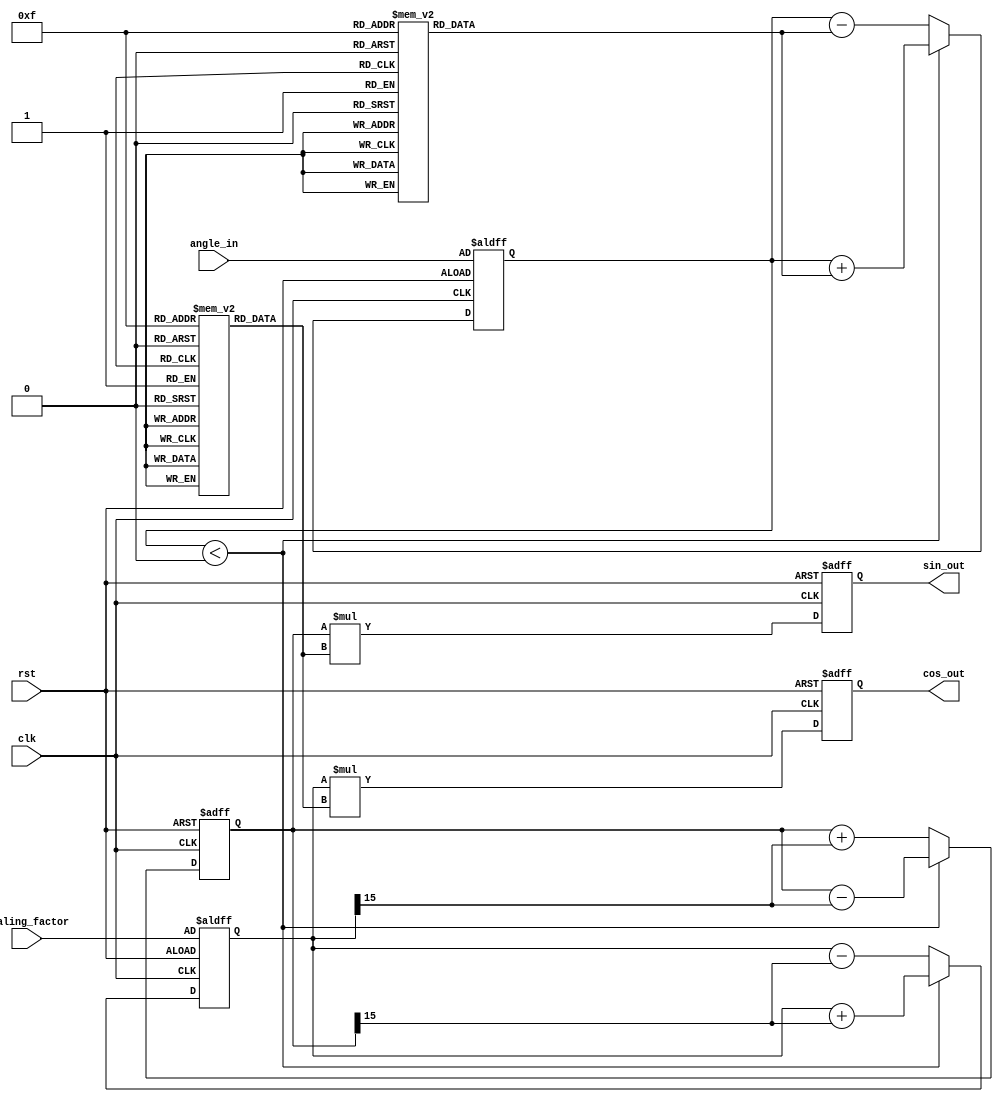
module cordic #(
    parameter N_ITER = 16, // Number of iterations
    parameter FIXED_POINT_WIDTH = 16, // Width of fixed-point representation
    parameter LUT_WIDTH = 16 // Width of LUT entries
) (
    input wire clk,
    input wire rst,
    input wire [FIXED_POINT_WIDTH-1:0] angle_in, // Input angle in fixed-point format
    input wire [FIXED_POINT_WIDTH-1:0] scaling_factor, // Input scaling factor
    output reg [FIXED_POINT_WIDTH-1:0] cos_out, // Output cosine value
    output reg [FIXED_POINT_WIDTH-1:0] sin_out // Output sine value
);

    // Angle LUT (arctangent values for CORDIC)
    reg [LUT_WIDTH-1:0] angle_lut [0:N_ITER-1];
    initial begin
        angle_lut[0] = 16'h3243; // atan(2^0)
        angle_lut[1] = 16'h1DAC; // atan(2^-1)
        angle_lut[2] = 16'h1A62; // atan(2^-2)
        angle_lut[3] = 16'h0F32; // atan(2^-3)
        // ... (fill in the rest of the LUT values)
        angle_lut[14] = 16'h00B5; // atan(2^-14)
        angle_lut[15] = 16'h0000; // atan(2^-15)
    end

    // Scaling Factor LUT (for each iteration)
    reg [LUT_WIDTH-1:0] scaling_lut [0:N_ITER-1];
    initial begin
        scaling_lut[0] = 16'h26DD; // 1/sqrt(1 + 2^0)
        scaling_lut[1] = 16'h1C74; // 1/sqrt(1 + 2^-1)
        scaling_lut[2] = 16'h1A62; // 1/sqrt(1 + 2^-2)
        scaling_lut[3] = 16'h0F32; // 1/sqrt(1 + 2^-3)
        // ... (fill in the rest of the LUT values)
        scaling_lut[14] = 16'h0001; // 1/sqrt(1 + 2^-14)
        scaling_lut[15] = 16'h0001; // 1/sqrt(1 + 2^-15)
    end

    // Internal registers for CORDIC computation
    reg [FIXED_POINT_WIDTH-1:0] x, y, z;
    integer i;

    // CORDIC iterative computation
    always @(posedge clk or posedge rst) begin
        if (rst) begin
            x <= scaling_factor; // Initialize x with scaling factor
            y <= 0; // Initialize y to 0
            z <= angle_in; // Initialize z with input angle
            cos_out <= 0;
            sin_out <= 0;
        end else begin
            // CORDIC iterations
            for (i = 0; i < N_ITER; i = i + 1) begin
                if (z < 0) begin
                    // Clockwise rotation
                    x <= x + (y >>> i);
                    y <= y - (x >>> i);
                    z <= z + angle_lut[i];
                end else begin
                    // Counterclockwise rotation
                    x <= x - (y >>> i);
                    y <= y + (x >>> i);
                    z <= z - angle_lut[i];
                end
            end
            // Output the results
            cos_out <= x * scaling_lut[N_ITER-1]; // Scale the final x value
            sin_out <= y * scaling_lut[N_ITER-1]; // Scale the final y value
        end
    end
endmodule